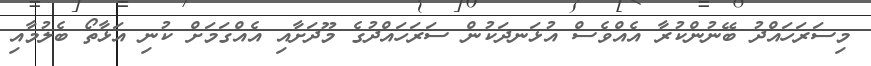
މިސަރަހައްދު ބޭނުންކުރާ އެއްވެސް އުޅަނދަކުން ސަރަހައްދުގެ މޫދަށާއި އެއްގަމަށް ކުނި އަޅާތޯ ބެލުމާއި